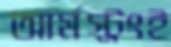
আর্মস্ট্রংই